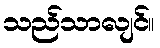
သည်သာလျင်။